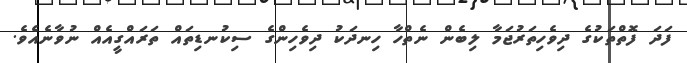
ފަދަ ފޮތްތަކުގެ ދިވެހިތަރުޖަމާ ލިބެން ނެތްހާ ހިނދަކު ދިވެހިންގެ ސިކުނޑިތައް ތަރައްގީއެއް ނުވާނެއެވެ.